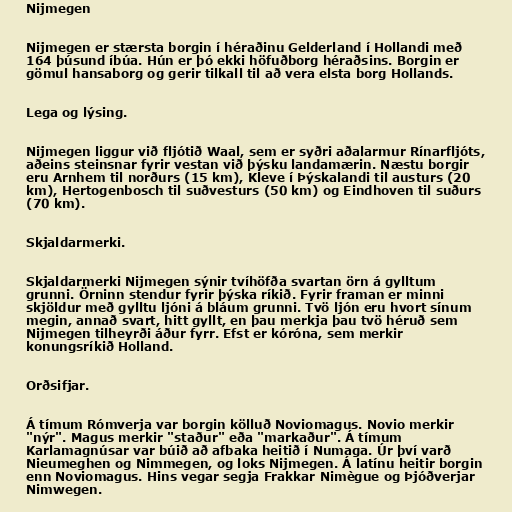
Nijmegen

Nijmegen er stærsta borgin í héraðinu Gelderland í Hollandi með
164 þúsund íbúa. Hún er þó ekki höfuðborg héraðsins. Borgin er
gömul hansaborg og gerir tilkall til að vera elsta borg Hollands.

Lega og lýsing.

Nijmegen liggur við fljótið Waal, sem er syðri aðalarmur Rínarfljóts,
aðeins steinsnar fyrir vestan við þýsku landamærin. Næstu borgir
eru Arnhem til norðurs (15 km), Kleve í Þýskalandi til austurs (20
km), Hertogenbosch til suðvesturs (50 km) og Eindhoven til suðurs
(70 km).

Skjaldarmerki.

Skjaldarmerki Nijmegen sýnir tvíhöfða svartan örn á gylltum
grunni. Örninn stendur fyrir þýska ríkið. Fyrir framan er minni
skjöldur með gylltu ljóni á bláum grunni. Tvö ljón eru hvort sínum
megin, annað svart, hitt gyllt, en þau merkja þau tvö héruð sem
Nijmegen tilheyrði áður fyrr. Efst er kóróna, sem merkir
konungsríkið Holland.

Orðsifjar.

Á tímum Rómverja var borgin kölluð Noviomagus. Novio merkir
"nýr". Magus merkir "staður" eða "markaður". Á tímum
Karlamagnúsar var búið að afbaka heitið í Numaga. Úr því varð
Nieumeghen og Nimmegen, og loks Nijmegen. Á latínu heitir borgin
enn Noviomagus. Hins vegar segja Frakkar Nimègue og Þjóðverjar
Nimwegen.